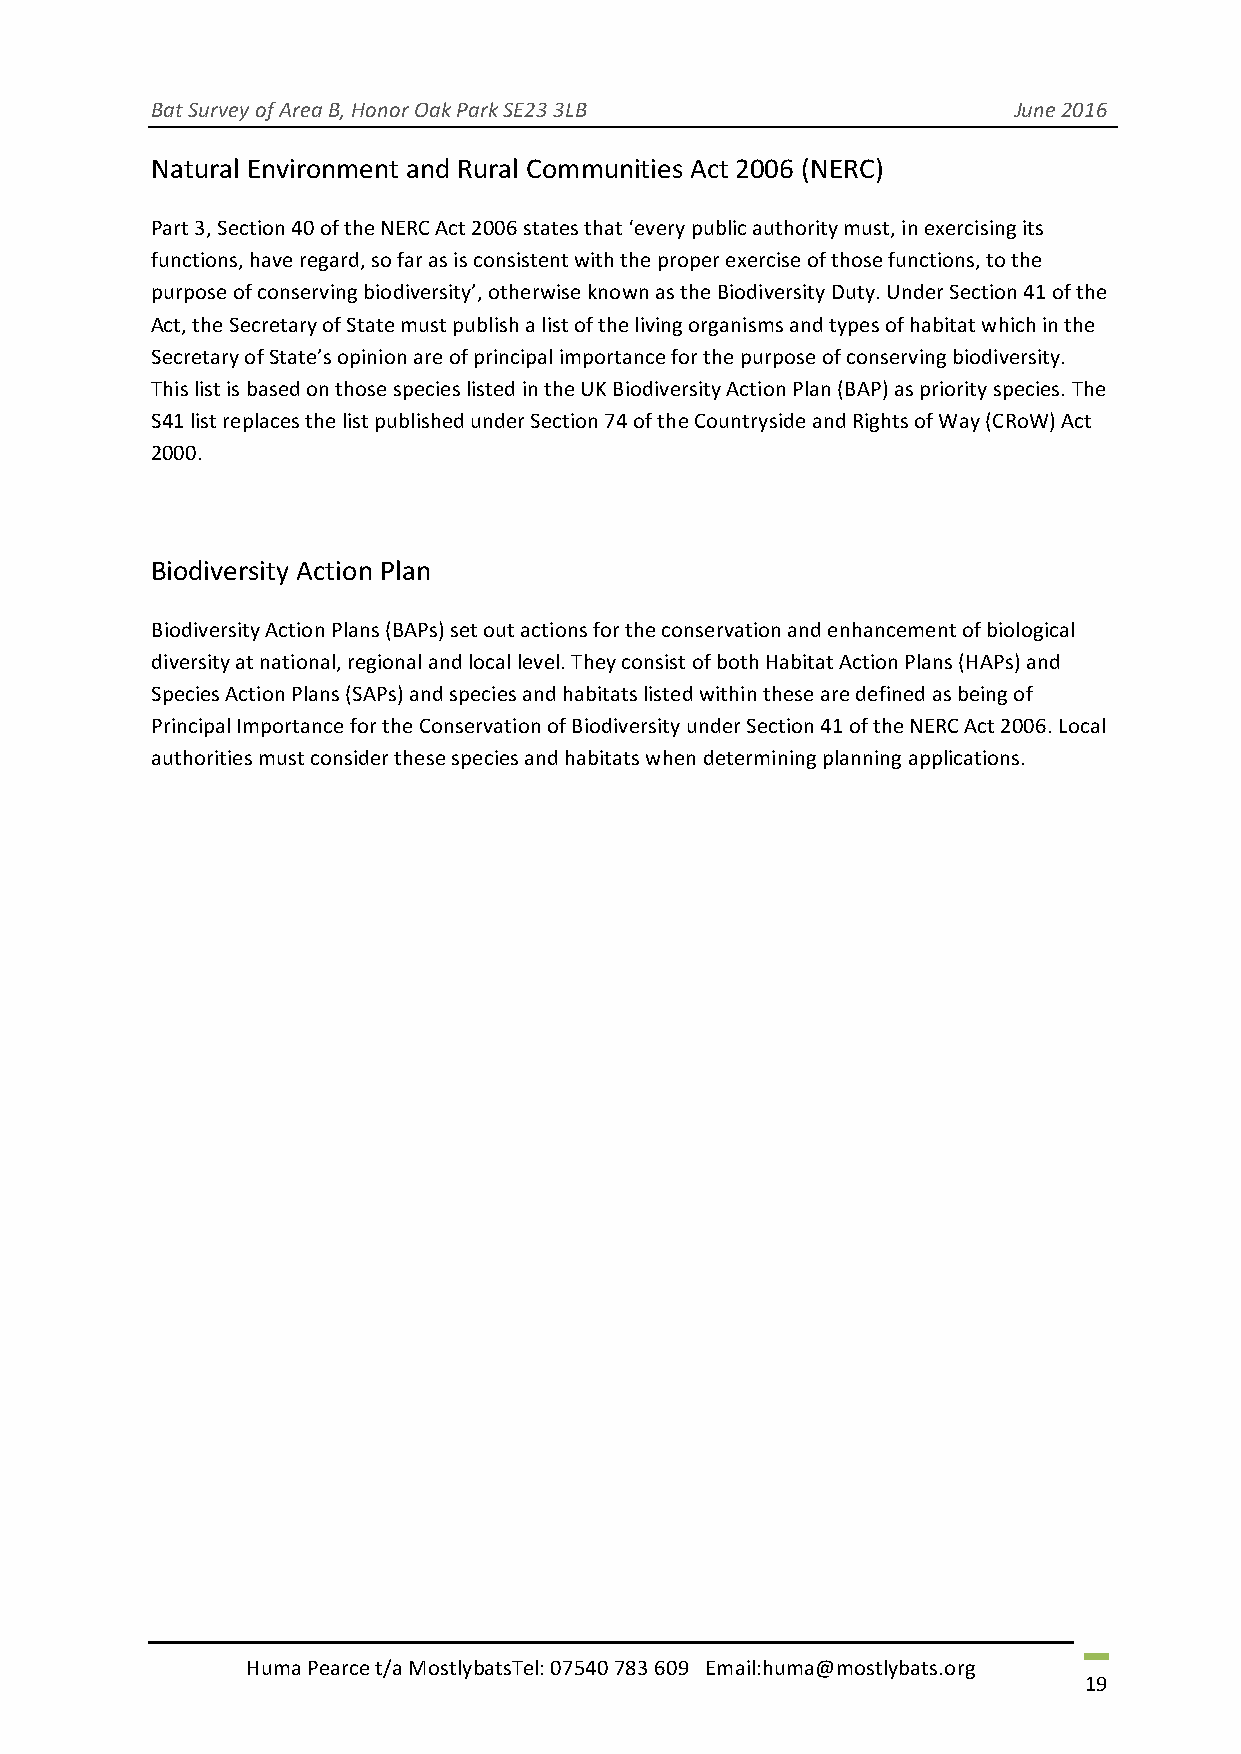
Bat Survey of Area B, Honor Oak Park SE23 3LB            June 2016
 Natural Environment and Rural Communities Act 2006 (NERC)
 Part 3, Section 40 of the NERC Act 2006 states that ‘every public authority must, in exercising its
 functions, have regard, so far as is consistent with the proper exercise of those functions, to the
 purpose of conserving biodiversity’, otherwise known as the Biodiversity Duty. Under Section 41 of the
 Act, the Secretary of State must publish a list of the living organisms and types of habitat which in the
 Secretary of State’s opinion are of principal importance for the purpose of conserving biodiversity.
 This list is based on those species listed in the UK Biodiversity Action Plan (BAP) as priority species. The
 S41 list replaces the list published under Section 74 of the Countryside and Rights of Way (CRoW) Act
 2000.
 Biodiversity Action Plan
 Biodiversity Action Plans (BAPs) set out actions for the conservation and enhancement of biological
 diversity at national, regional and local level. They consist of both Habitat Action Plans (HAPs) and
 Species Action Plans (SAPs) and species and habitats listed within these are defined as being of
 Principal Importance for the Conservation of Biodiversity under Section 41 of the NERC Act 2006. Local
 authorities must consider these species and habitats when determining planning applications.
 Huma Pearce t/a MostlybatsTel: 07540 783 609 Email:huma@mostlybats.org
 19